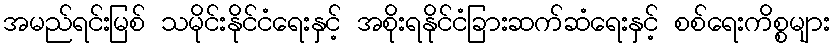
အမည်ရင်းမြစ် သမိုင်းနိုင်ငံရေးနှင့် အစိုးရနိုင်ငံခြားဆက်ဆံရေးနှင့် စစ်ရေးကိစ္စများ